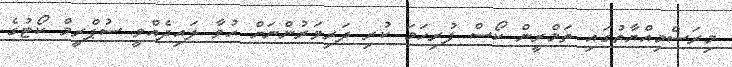
މިރަސްމިއްޔާތުގައި ތަމްރީން ކޯސް ފުރިހަމަ ކުރި ދަރިވަރުންނަށް ހުވާ ލައިދެއްވީ ސުޕްރީމް ކޯޓުގެ